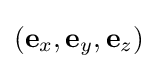
(\mathbf {e} _{x},\mathbf {e} _{y},\mathbf {e} _{z})